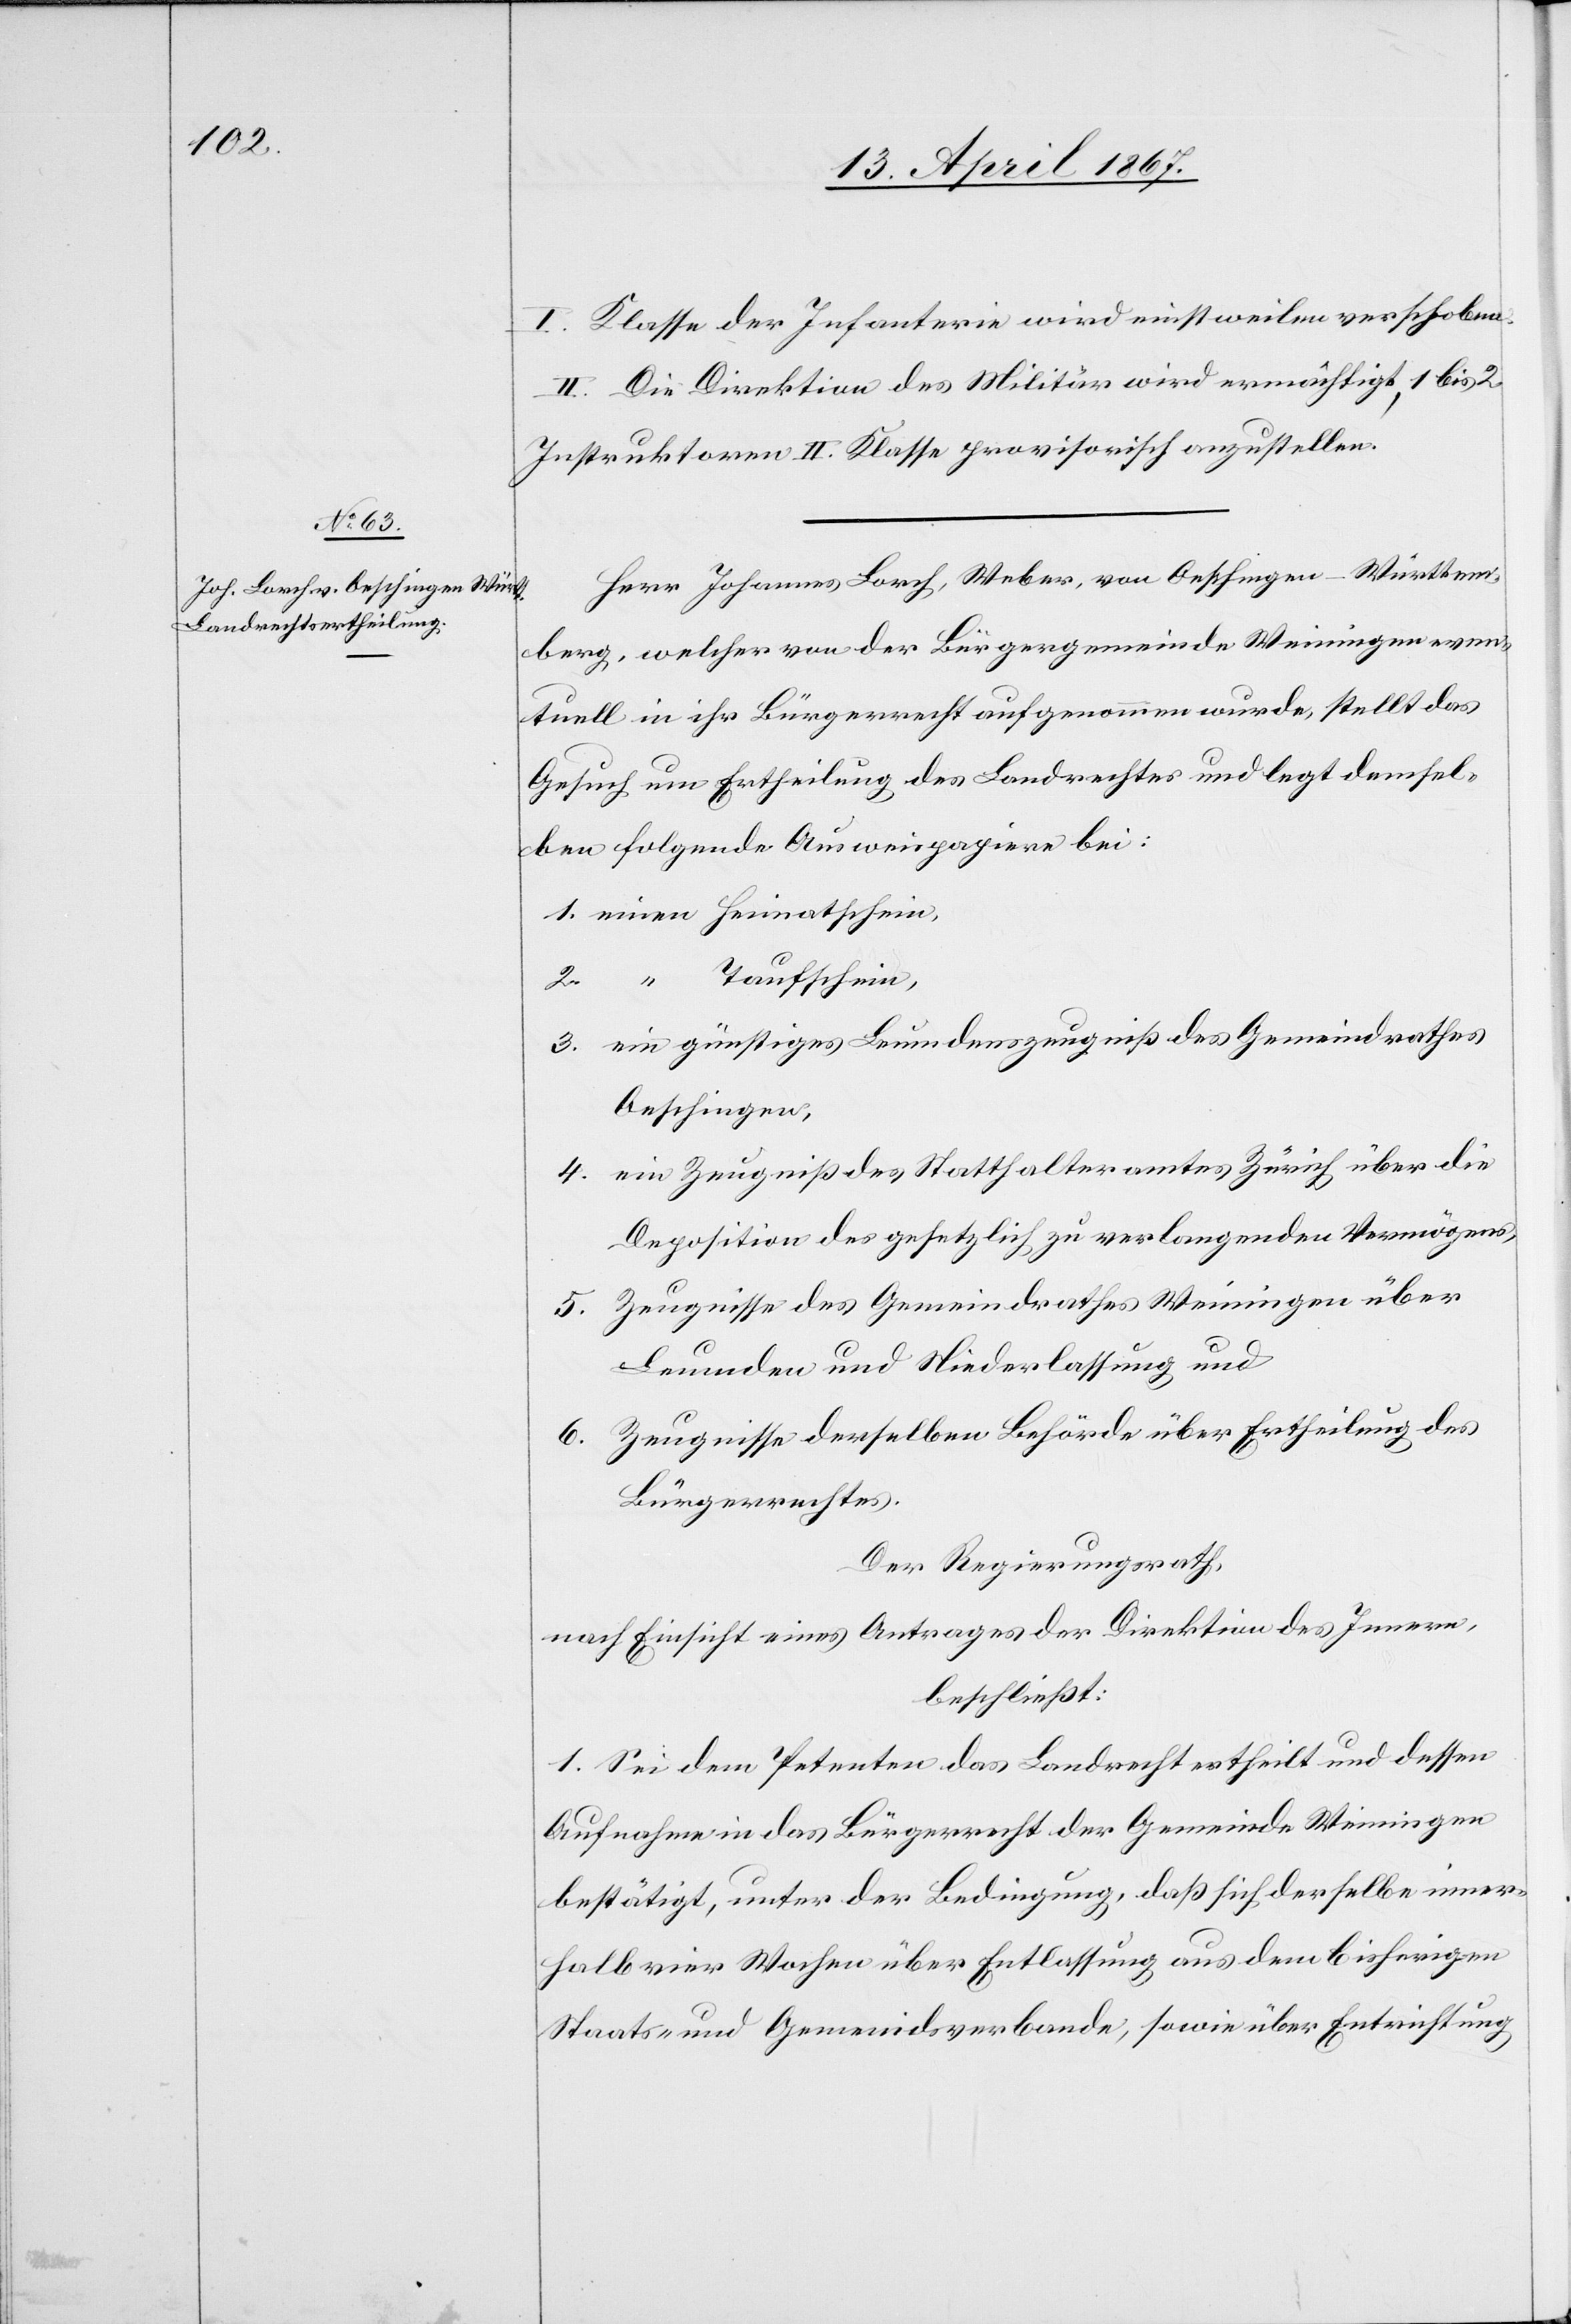
I. Klasse der Infanterie wird einstweilen verschoben.
II. Die Direktion des Militärs wird ermächtigt, 1 bis 2
Instruktoren II. Klasse provisorisch anzustellen.
Herr Johannes Lorch, Weber, von Oeschingen-Württem¬
berg, welcher von der Bürgergemeinde Weiningen even¬
tuell in ihr Bürgerrecht aufgenommen wurde, stellt das
Gesuch um Ertheilung des Landrechtes und legt demsel¬
ben folgende Ausweispapiere bei:
1. 	einen	Heimatschein,
2. “	Taufschein,
3. 	ein günstiges Leumdenszeugniß des Gemeindrathes
Oeschingen,
4. 	ein Zeugniß des Statthalteramtes Zürich über die
Deposition des gesetzlich zu verlangenden Vermögens,
5. 	Zeugnisse des Gemeindrathes Weiningen über
Leumden und Niederlassung und
6.	Zeugnisse derselben Behörde über Ertheilung des
Bürgerrechtes.
Der Regierungsrath,
nach Einsicht eines Antrages der Direktion des Innern,
beschließt:
1. Sei dem Petenten das Landrecht ertheilt und dessen
Aufnahme in das Bürgerrecht der Gemeinde Weiningen
bestätigt, unter der Bedingung, daß sich derselbe inner¬
halb vier Wochen über Entlassung aus dem bisherigen
Staats- und Gemeindsverbande, sowie über Entrichtung